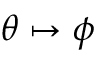
\theta \mapsto \phi